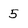
Character: 5